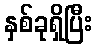
နှစ်ခုရှိပြီး